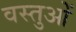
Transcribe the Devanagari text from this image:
वस्तुओें